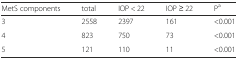
| MetS components | total | IOP < 22 | IOP ≥ 22 | Pa |
 | --- | --- | --- | --- | --- |
 | 3 | 2558 | 2397 | 161 | <0.001 |
 | 4 | 823 | 750 | 73 | <0.001 |
 | 5 | 121 | 110 | 11 | <0.001 |